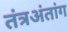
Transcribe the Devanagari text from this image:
तंत्रअंतांग